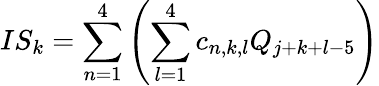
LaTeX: IS_{k}=\sum_{n=1}^{4}\left(\sum_{l=1}^{4}c_{n,k,l}Q_{j+k+l-5}\right)